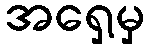
အရှေ့မှ